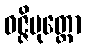
ဝဇ္ဇိပုတ္တော